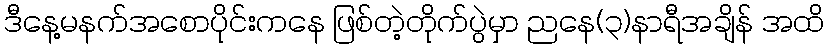
ဒီနေ့မနက်အစောပိုင်းကနေ ဖြစ်တဲ့တိုက်ပွဲမှာ ညနေ(၃)နာရီအချိန် အထိ